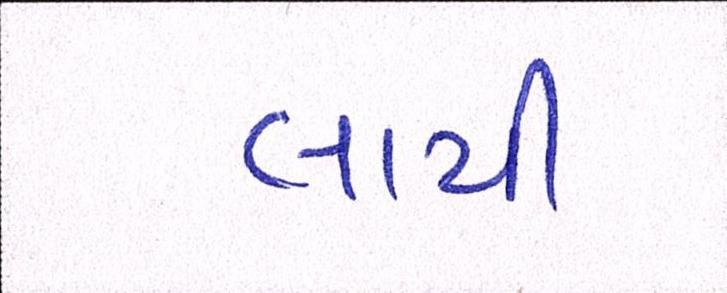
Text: લાયી